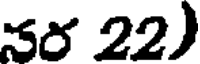
నర 22)